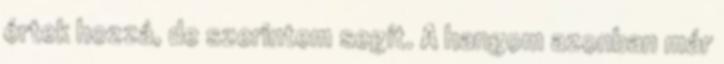
értek hozzá, de szerintem segít. A hangom azonban már